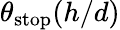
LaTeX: \theta_{\mathrm{{stop}}}(h/d)